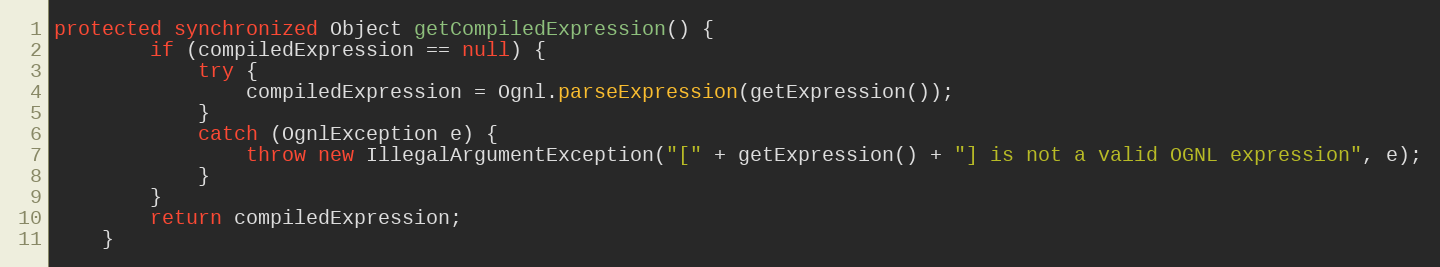
Language: Java
protected synchronized Object getCompiledExpression() {
        if (compiledExpression == null) {
            try {
                compiledExpression = Ognl.parseExpression(getExpression());
            }
            catch (OgnlException e) {
                throw new IllegalArgumentException("[" + getExpression() + "] is not a valid OGNL expression", e);
            }
        }
        return compiledExpression;
    }